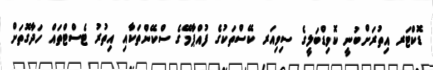
ޑޮކްޓަރ އިތުރަށްބުނީ ކޮވިޑްބަލީގެ ސިވިއަރ ކޭސްތަކުގެ ފުއްޕާމޭގެ ސްކޭންތަކާއި އިތުރު ޓެސްޓްތައް ހަދާގޮތަށް